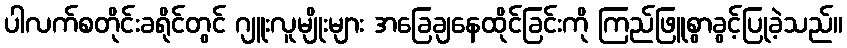
ပါလက်စတိုင်းခရိုင်တွင် ဂျူးလူမျိုးများ အခြေချနေထိုင်ခြင်းကို ကြည်ဖြူစွာခွင့်ပြုခဲ့သည်။